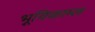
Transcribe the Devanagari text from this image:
भूयिकाम्ल